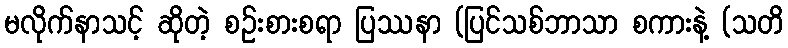
မလိုက်နာသင့် ဆိုတဲ့ စဉ်းစားစရာ ပြဿနာ (ပြင်သစ်ဘာသာ စကားနဲ့ (သတိ